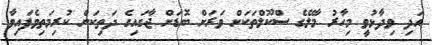
އަދި ވިދާޅުވީ މިހާރު މާލޭގެ ސްކޫލްތަކަށް ވަރަށް ބޮޑަށް ޖާގައިގެ ދަތިކަން ކުރިމަތިވެފައިވާ